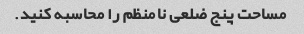
مساحت پنج ضلعی نامنظم را محاسبه کنید.